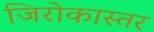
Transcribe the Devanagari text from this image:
जिरोकास्तर